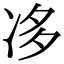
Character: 𠗄